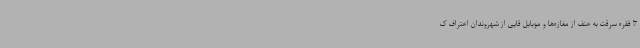
7 فقره سرقت به عنف از مغازه‌ها و موبایل قاپی از شهروندان اعتراف ک